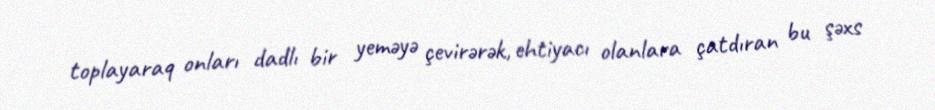
toplayaraq onları dadlı bir yeməyə çevirərək, ehtiyacı olanlara çatdıran bu şəxs